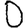
Digit: 0